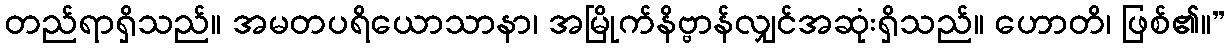
တည်ရာရှိသည်။ အမတပရိယောသာနာ၊ အမြိုက်နိဗ္ဗာန်လျှင်အဆုံးရှိသည်။ ဟောတိ၊ ဖြစ်၏။”